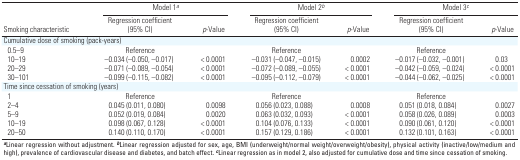
<table><thead><tr><td rowspan="2"><b>Smoking characteristic</b></td><td colspan="2"><b>Model 1<sup><i>a</i></sup></b></td><td colspan="2"><b>Model 2<sup><i>b</i></sup></b></td><td colspan="2"><b>Model 3<sup><i>c</i></sup></b></td></tr><tr><td><b>Regression coefficient (95% CI)</b></td><td><b><i>p</i>‐Value</b></td><td><b>Regression coefficient (95% CI)</b></td><td><b><i>p</i>‐Value</b></td><td><b>Regression coefficient (95% CI)</b></td><td><b><i>p</i>‐Value</b></td></tr></thead><tbody><tr><td><b>Cumulative dose of smoking (pack-years)</b></td></tr><tr><td><b>0.5–9</b></td><td>Reference</td><td></td><td>Reference</td><td></td><td>Reference</td></tr><tr><td><b>10–19</b></td><td>–0.034 (–0.050, –0.017)</td><td>&lt; 0.0001</td><td>–0.031 (–0.047, –0.015)</td><td>0.0002</td><td>–0.017 (–0.032, –0.001)</td><td>0.03</td></tr><tr><td><b>20–29</b></td><td>–0.071 (–0.089, –0.054)</td><td>&lt; 0.0001</td><td>–0.072 (–0.089, –0.055)</td><td>&lt; 0.0001</td><td>–0.042 (–0.059, –0.024)</td><td>&lt; 0.0001</td></tr><tr><td><b>30–101</b></td><td>–0.099 (–0.115, –0.082)</td><td>&lt; 0.0001</td><td>–0.095 (–0.112, –0.079)</td><td>&lt; 0.0001</td><td>–0.044 (–0.062, –0.025)</td><td>&lt; 0.0001</td></tr><tr><td><b>Time since cessation of smoking (years)</b></td></tr><tr><td><b>1</b></td><td>Reference</td><td></td><td>Reference</td><td></td><td>Reference</td></tr><tr><td><b>2–4</b></td><td>0.045 (0.011, 0.080)</td><td>0.0098</td><td>0.056 (0.023, 0.088)</td><td>0.0008</td><td>0.051 (0.018, 0.084)</td><td>0.0027</td></tr><tr><td><b>5–9</b></td><td>0.052 (0.019, 0.084)</td><td>0.0020</td><td>0.063 (0.032, 0.093)</td><td>&lt; 0.0001</td><td>0.058 (0.026, 0.089)</td><td>0.0003</td></tr><tr><td><b>10–19</b></td><td>0.098 (0.067, 0.128)</td><td>&lt; 0.0001</td><td>0.104 (0.076, 0.133)</td><td>&lt; 0.0001</td><td>0.090 (0.061, 0.120)</td><td>&lt; 0.0001</td></tr><tr><td><b>20–50</b></td><td>0.140 (0.110, 0.170)</td><td>&lt; 0.0001</td><td>0.157 (0.129, 0.186)</td><td>&lt; 0.0001</td><td>0.132 (0.101, 0.163)</td><td>&lt; 0.0001</td></tr><tr><td colspan="7"><sup><i><b>a</b></i></sup>Linear regression without adjustment. <sup><i><b>b</b></i></sup>Linear regression adjusted for sex, age, BMI (underweight/normal weight/overweight/obesity), physical activity (inactive/low/medium and high), prevalence of cardiovascular disease and diabetes, and batch effect. <sup><i><b>c</b></i></sup>Linear regression as in model 2, also adjusted for cumulative dose and time since cessation of smoking.</td></tr></tbody></table>